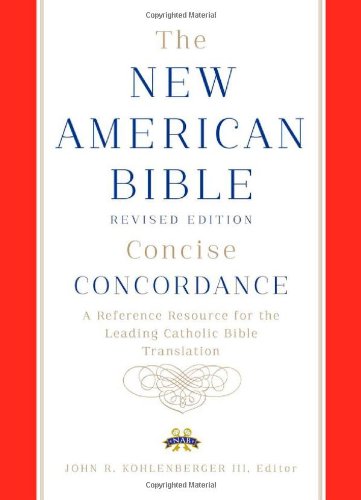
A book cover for New American Bible Revised Edition Concise Concordance; Confraternity of Christian Doctrine; Christian Books & Bibles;